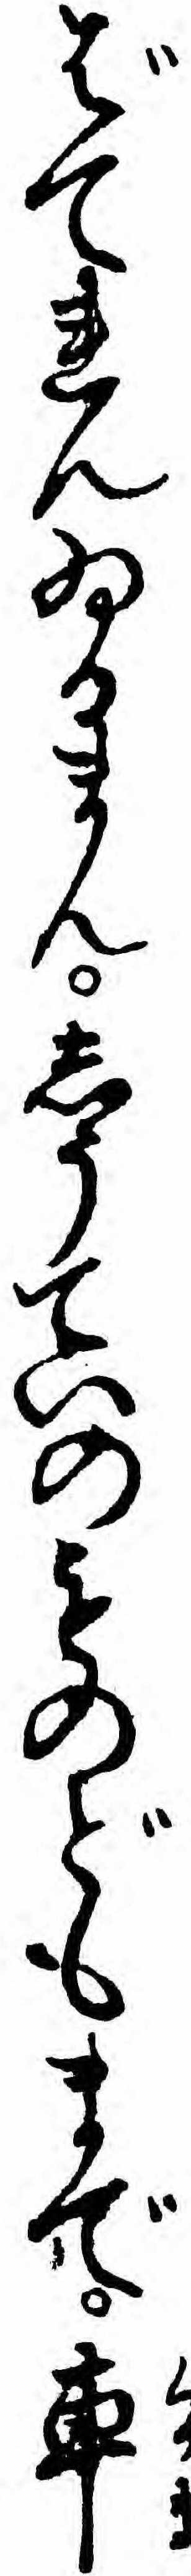
ばてれんゐるまんしうていのものどもまで車